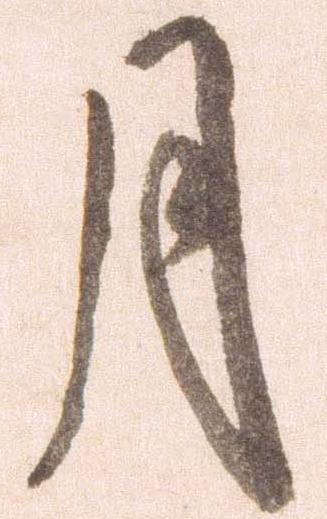
月